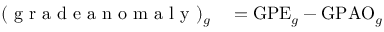
\begin{array} { r l } { ( \mathrm { ~ g ~ r ~ a ~ d ~ e ~ a ~ n ~ o ~ m ~ a ~ l ~ y ~ } ) _ { g } } & { { } = \mathrm { G P E } _ { g } - \mathrm { G P A O } _ { g } } \end{array}